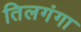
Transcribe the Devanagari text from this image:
तिलगंगा